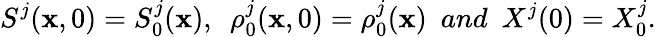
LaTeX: S^{j}(\textbf{x},0)=S_{0}^{j}(\textbf{x}),~~\rho_{0}^{j}(\textbf{x},0)=\rho_{0}^{j}(\textbf{x})~~and~~X^{j}(0)=X_{0}^{j}.